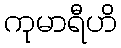
ကုမာရီဟိ